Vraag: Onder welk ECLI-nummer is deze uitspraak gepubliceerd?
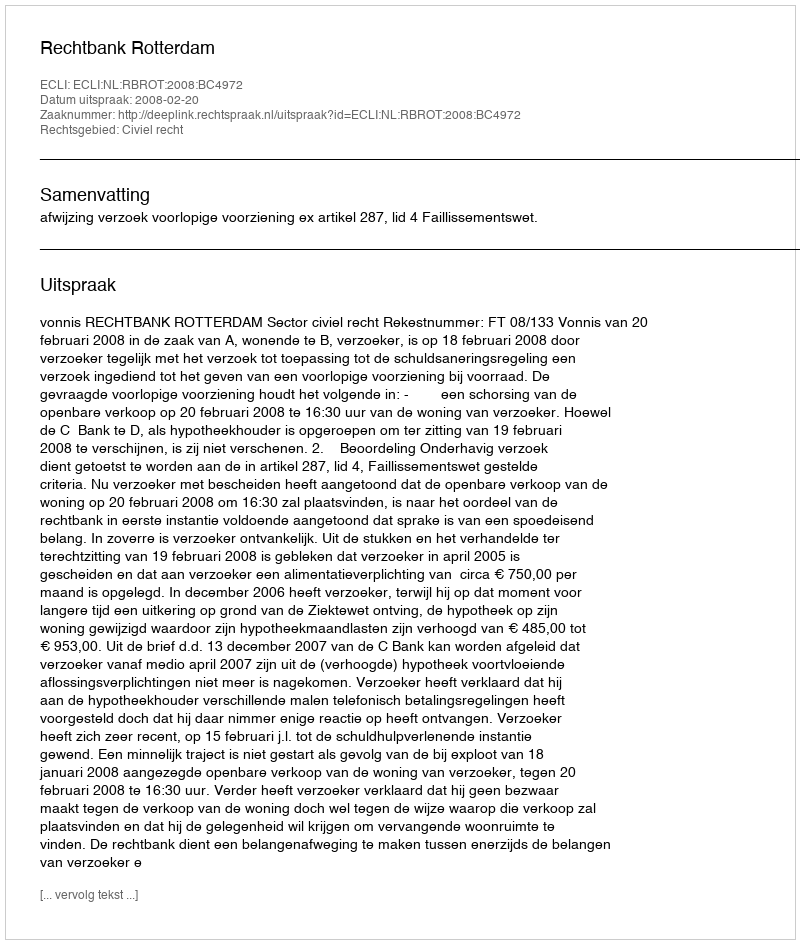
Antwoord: ECLI:NL:RBROT:2008:BC4972